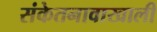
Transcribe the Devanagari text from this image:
संकेतनावाखाली